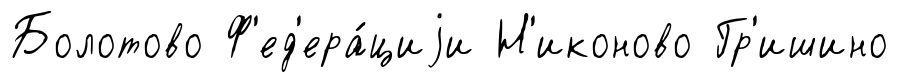
Болотово Ф'ед'ера́циjи Н'иконово Гр'ишино